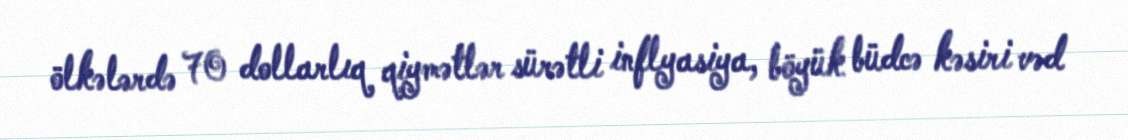
ölkələrdə 70 dollarlıq qiymətlər sürətli inflyasiya, böyük büdcə kəsiri vəd